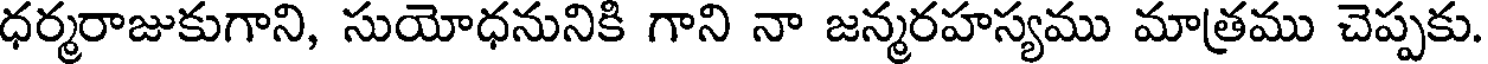
ధర్మరాజుకుగాని, సుయోధనునికి గాని నా జన్మరహస్యము మాత్రము చెప్పకు.